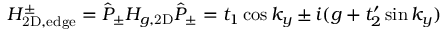
H _ { \mathrm { 2 D , e d g e } } ^ { \pm } = \hat { P } _ { \pm } H _ { g , \mathrm { 2 D } } \hat { P } _ { \pm } = t _ { 1 } \cos k _ { y } \pm i ( g + t _ { 2 } ^ { \prime } \sin k _ { y } )